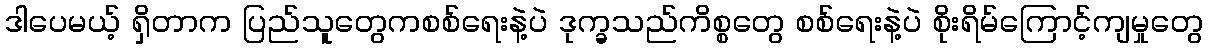
ဒါပေမယ့် ရှိတာက ပြည်သူတွေကစစ်ရေးနဲ့ပဲ ဒုက္ခသည်ကိစ္စတွေ စစ်ရေးနဲ့ပဲ စိုးရိမ်ကြောင့်ကျမှုတွေ